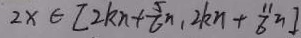
2 x \varepsilon [ 2 k n + \frac { 5 } { 6 } n , 2 k n + \frac { 1 1 } { 6 } n ]